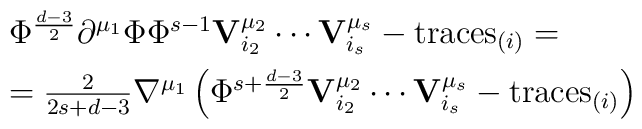
\begin{array}{l}\Phi^{d-3\over 2}\partial^{\mu_1}\Phi \Phi^{s-1} {\bf V}^{\mu_2}_{i_2}\cdots{\bf V}^{\mu_s}_{i_s}-\mbox{traces}_{(i)}=\\[5pt]={2\over 2s+d-3}\nabla^{\mu_1}\left( \Phi^{s+{d-3\over 2}}{\bf V}^{\mu_2}_{i_2}\cdots{\bf V}^{\mu_s}_{i_s}-\mbox{traces}_{(i)}\right)\end{array}